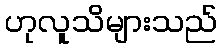
ဟုလူသိများသည်